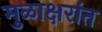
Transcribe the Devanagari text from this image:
मुळाक्षरांत